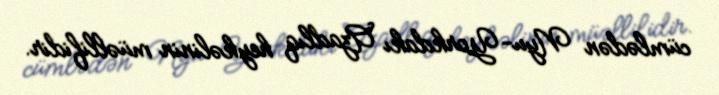
cümlədən Nyu-Yorkdakı Azadlıq heykəlinin müəllifidir.